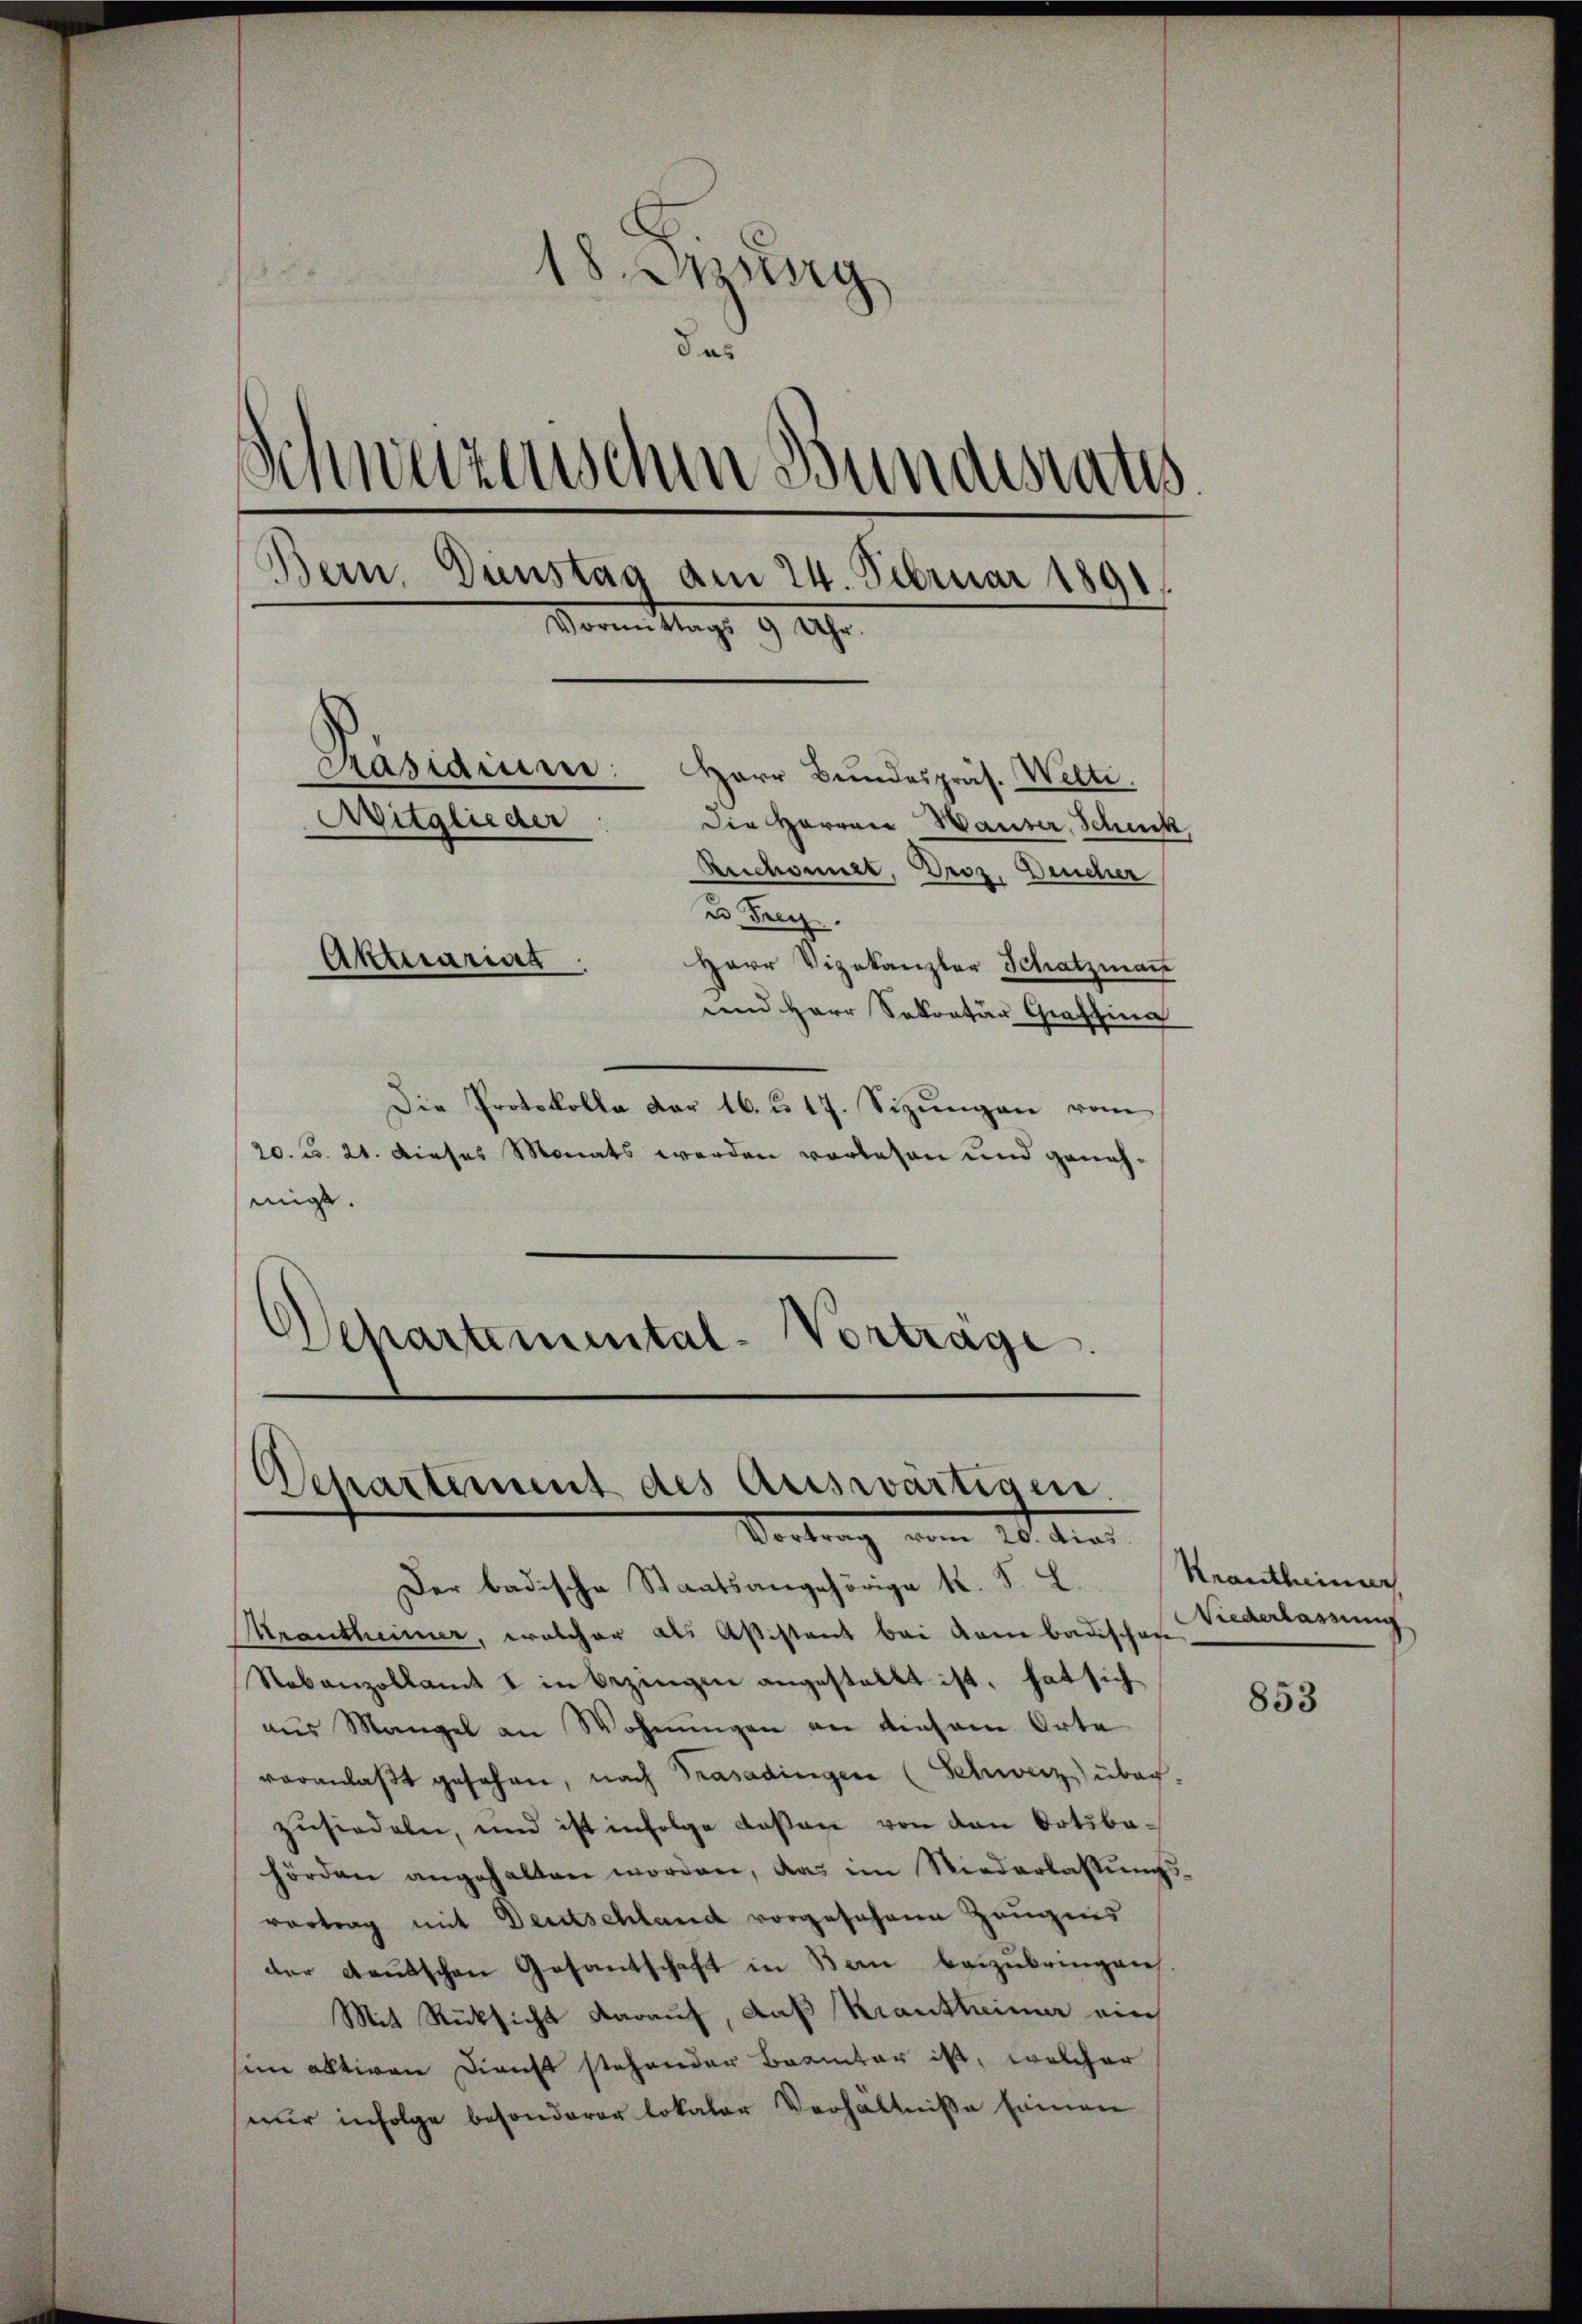
18. Jung
das
Schweizerischen Bundesrates
Bern. Gunstag am 24. Februar 1891
Vormittags 9 Uhr.
Präsidium:
Herr Bundespräs. Welti.
Mitglieder
Die Herren Waiser, Schenk
Reichnet, Droz. Deucher
u Frey
Aktuariat
Herr Vizekanzler Schatzmann
und Herr Sokratur Graffina

Die Protokolla der 16. u. 17. Sizŭngen vom
20. u. 21. dieses Monats werden vorlesen und genehmigt.
s
Departemental-Vortrage.

Departement des Auswärtigen.
Vertrag vom 10. den

Der badische Staatsangehörige K. F. L.
Krautheimer, welcher als Aßistant bei kam badischen
Nebenzollamt u in Bezingen angestellt ist, hat sich
aus Mangel an Wohnŭngen an einsam Orte
veranlaβt gesehen, nach Trasadingen (Schweiz) überzusiedeln, und ist infolge deßen von den Ortsbahörden angehalten worden, das im Niederlassŭngs-
vortrag mit Deutschland vorgesehene Zeugnis
der deutschen Gesantschaft in Bern beizubringen.
Mit Rücksicht darauf, daß Krautheimer auch
sein alltigen Dienst stehender Beeinter ist, welcher
nur infolge besonderer lokaler Verhältnisse seinen

Krautheimer
Wiederlassung

853